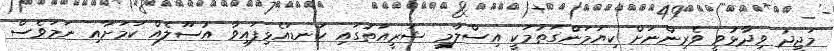
މަޖީދު ވިދާޅުވީ ވެރިންނަށް ކިޔަމަންގަތުމަކީ އިސްލާމީ ޝަރީއަތުގައި ކަނޑައެޅިފައިވާ އުސޫލެއް ކަމަށާއި ނަމަވެސް